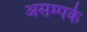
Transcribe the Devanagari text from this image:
असम्पर्क